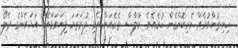
ހިނިތުންވުމެއް ވެރިކޮށްގެން ހުރެއެވެ. ކުލާސް ތެރެއަށް އެޅި ފުރަތަމަ ފިޔަވަޅާއެކު އަހަރެންގެ ދެލޯ